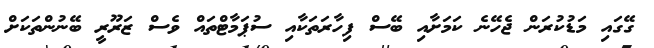
ގޭގައި މަޑުކުރަން ޖެހޭނެ ކަމަށާއި ބޭސް ފިހާރަތަކާއި ސުޕަމާޓްތައް ވެސް ޒަރޫރީ ބޭނުންތަކަށް